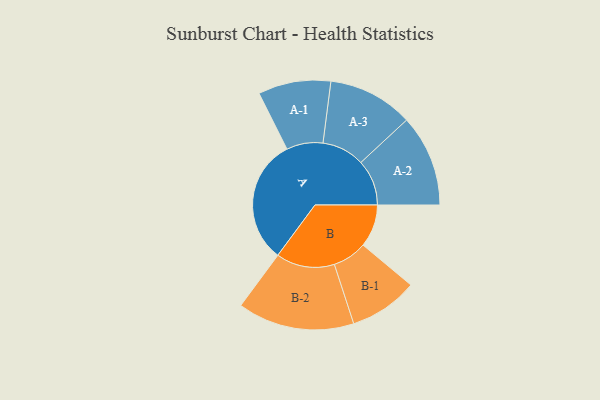
{"axis": {"x": "Segment", "y": "Value"}, "legend": ["", "A", "B"], "data": [{"x": "A", "y": 499, "type": ""}, {"x": "B", "y": 170, "type": ""}, {"x": "A-1", "y": 145, "type": "A"}, {"x": "A-2", "y": 183, "type": "A"}, {"x": "A-3", "y": 170, "type": "A"}, {"x": "B-1", "y": 137, "type": "B"}, {"x": "B-2", "y": 233, "type": "B"}]}